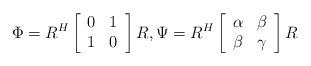
LaTeX: \begin{align*} \Phi = R^H \left[\begin{array}{cc} 0 & 1 \\ 1 & 0 \end{array}\right]R, \Psi = R^H \left[\begin{array}{cc} \alpha & \beta \\ \beta & \gamma \end{array}\right]R \end{align*}